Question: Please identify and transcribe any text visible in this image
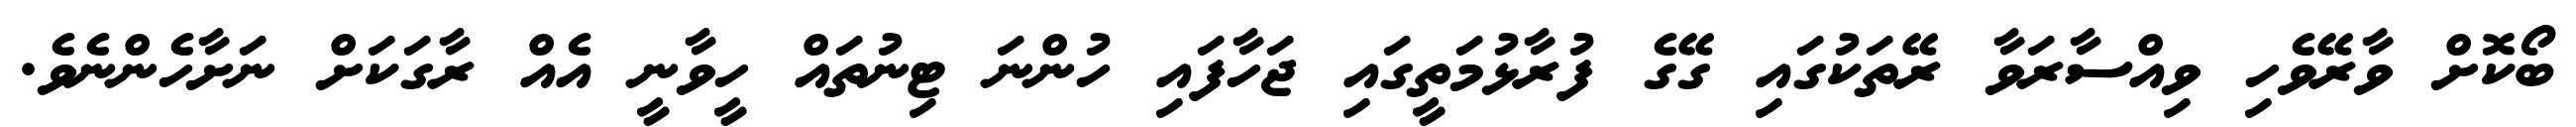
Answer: ބޯކޮށް ވާރޭވެހި ވިއްސާރަވާ ރޭތަކުގައި ގޭގެ ފުރާޅުމަތީގައި ޖަހާފައި ހުންނަ ޓިނުތައް ހީވާނީ އެއް ރާގަކަށް ނަށާހެންނެވެ.